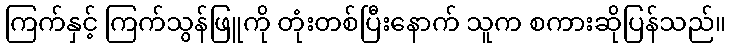
ကြက်နှင့် ကြက်သွန်ဖြူကို တုံးတစ်ပြီးနောက် သူက စကားဆိုပြန်သည်။